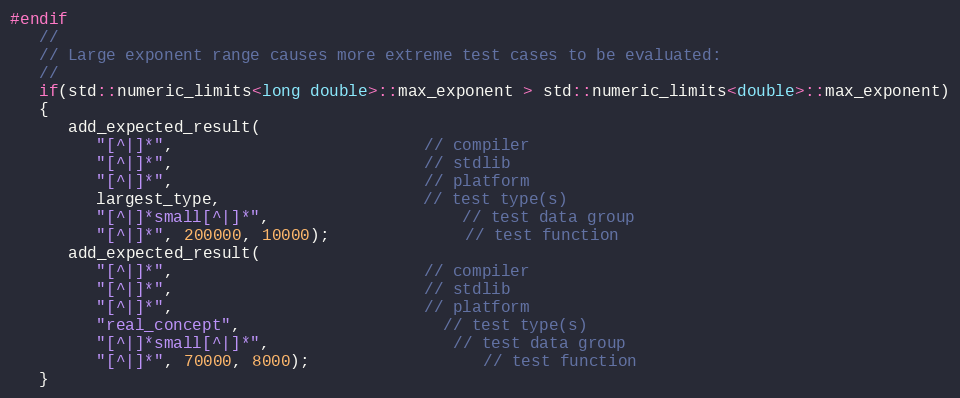
Language: C++
#endif
   //
   // Large exponent range causes more extreme test cases to be evaluated:
   //
   if(std::numeric_limits<long double>::max_exponent > std::numeric_limits<double>::max_exponent)
   {
      add_expected_result(
         "[^|]*",                          // compiler
         "[^|]*",                          // stdlib
         "[^|]*",                          // platform
         largest_type,                     // test type(s)
         "[^|]*small[^|]*",                    // test data group
         "[^|]*", 200000, 10000);              // test function
      add_expected_result(
         "[^|]*",                          // compiler
         "[^|]*",                          // stdlib
         "[^|]*",                          // platform
         "real_concept",                     // test type(s)
         "[^|]*small[^|]*",                   // test data group
         "[^|]*", 70000, 8000);                  // test function
   }